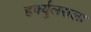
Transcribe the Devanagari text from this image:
हर्क्युलसला